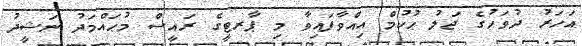
އަހަރު ދުވަހުގެ ޖަލު ޙުކުމް އިއްވާފައިވާ މި ޕާރޓީގެ ރައީސް މުޙައްމަދު ނަޝީދު